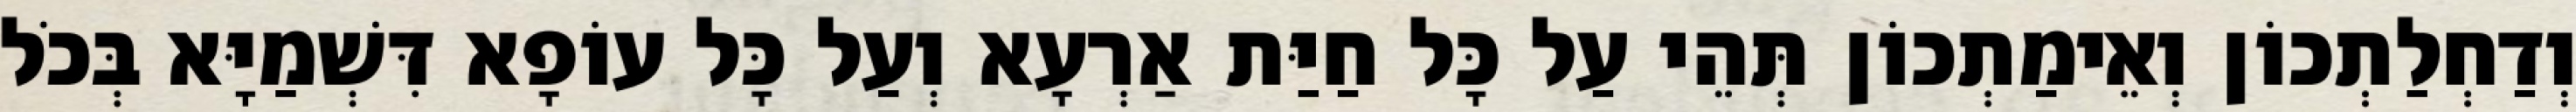
וְדַחְלַתְכוֹן וְאֵימַתְכוֹן תְּהֵי עַל כָּל חַיַּת אַרְעָא וְעַל כָּל עוֹפָא דִּשְׁמַיָּא בְּכֹל